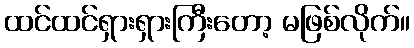
ထင်ထင်ရှားရှားကြီးတော့ မဖြစ်လိုက်။